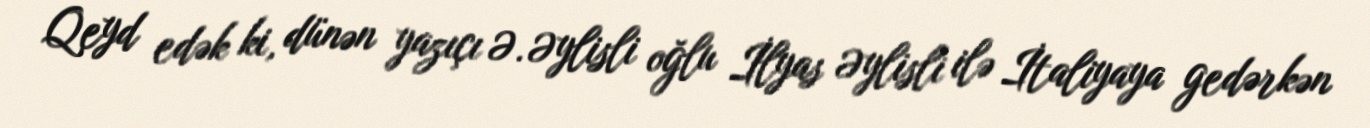
Qeyd edək ki, dünən yazıçı Ə. Əylisli oğlu İlyas Əylisli ilə İtaliyaya gedərkən